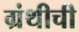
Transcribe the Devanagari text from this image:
ग्रंथीची